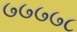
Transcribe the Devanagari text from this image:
७७७७८